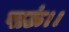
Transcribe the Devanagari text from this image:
पाऊं।।